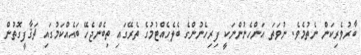
ބާރުވެރިކަން ނެތުމެވެ. ނުވަތަ އަންހެނުންނަކީ ފިރިހެނުންގެ ބެލެހެއްޓުމުގެ ތެރޭގައި ތިބެންޖެހޭ ބައެއްކަމުގައި ޘަޤާފީގޮތުން